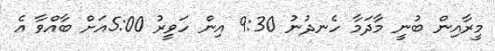
މީރާއިން ބުނީ މާދަމާ ހެނދުނު 9:30 އިން ހަވީރު 5:00އަށް ބާއްވާ އެ